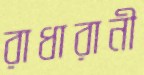
রাধারানী